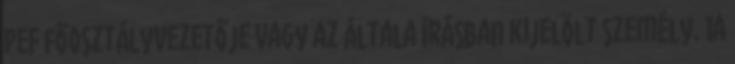
PEF főosztályvezetője vagy az általa írásban kijelölt személy. 1a